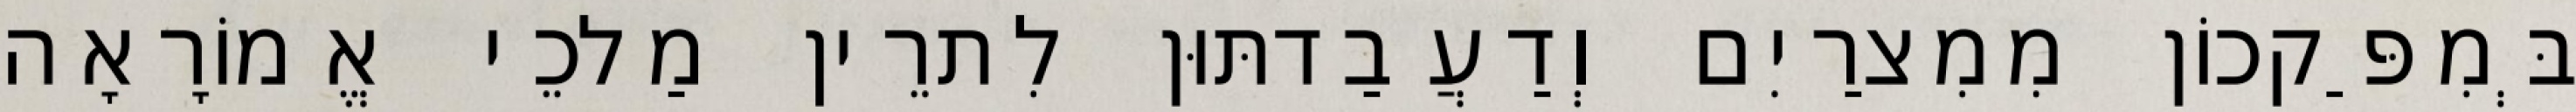
בְּמִפַּקכוֹן מִמִצרַיִם וְדַעֲבַדתּוּן לִתרֵין מַלכֵי אֱמוֹרָאָה